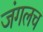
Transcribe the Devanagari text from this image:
जंगलच